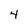
Character: 4